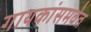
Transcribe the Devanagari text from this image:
गायकांसमवेत